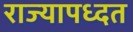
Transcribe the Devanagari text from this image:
राज्यापध्दत